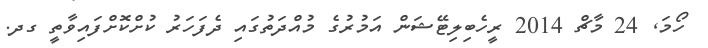
ހޯމަ